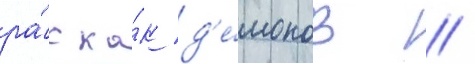
ра́с ка́к д'е́монов //